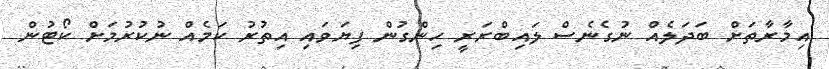
އިމާރާތަށް ބަދަލެއް ނުގެނެސް ލައިބްރަރީ ހިންގުން ފިޔަވައި އިތުރު ކަމެއް ނުކުރުމަށް ކޯޓުން